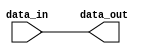
module GenerateParameterizedModule #(
  parameter WIDTH = 8,
  parameter DEPTH = 16
)(
  input [WIDTH-1:0] data_in,
  output reg [WIDTH-1:0] data_out
);

always @(*) begin
  // Behavioral block to perform specific function based on input parameters
  // In this example, data_out is just a passthrough of data_in
  data_out = data_in;
end

endmodule